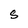
Character: S